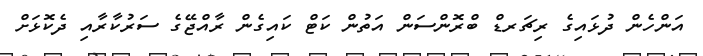
އަންހެން ދުޅައިގެ ރިޗަރޑް ބްރޮންސަން އަތުން ކަޓް ކައިގެން ރާއްޖޭގެ ސަރުކާރާއި ދެކޮޅަށް